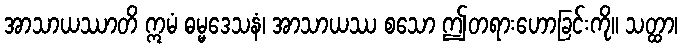
အာသာယဿာတိ ဣမံ ဓမ္မဒေသနံ၊ အာသာယဿ စသော ဤတရားဟောခြင်းကို။ သတ္ထာ၊